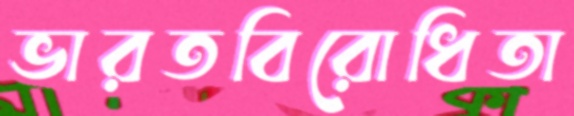
ভারতবিরোধিতা